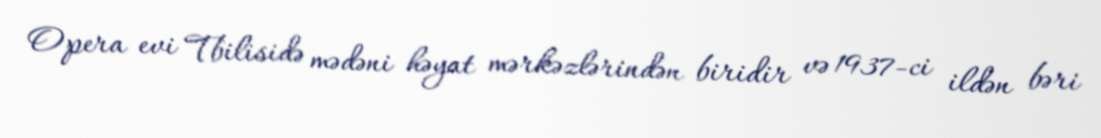
Opera evi Tbilisidə mədəni həyat mərkəzlərindən biridir və 1937-ci ildən bəri